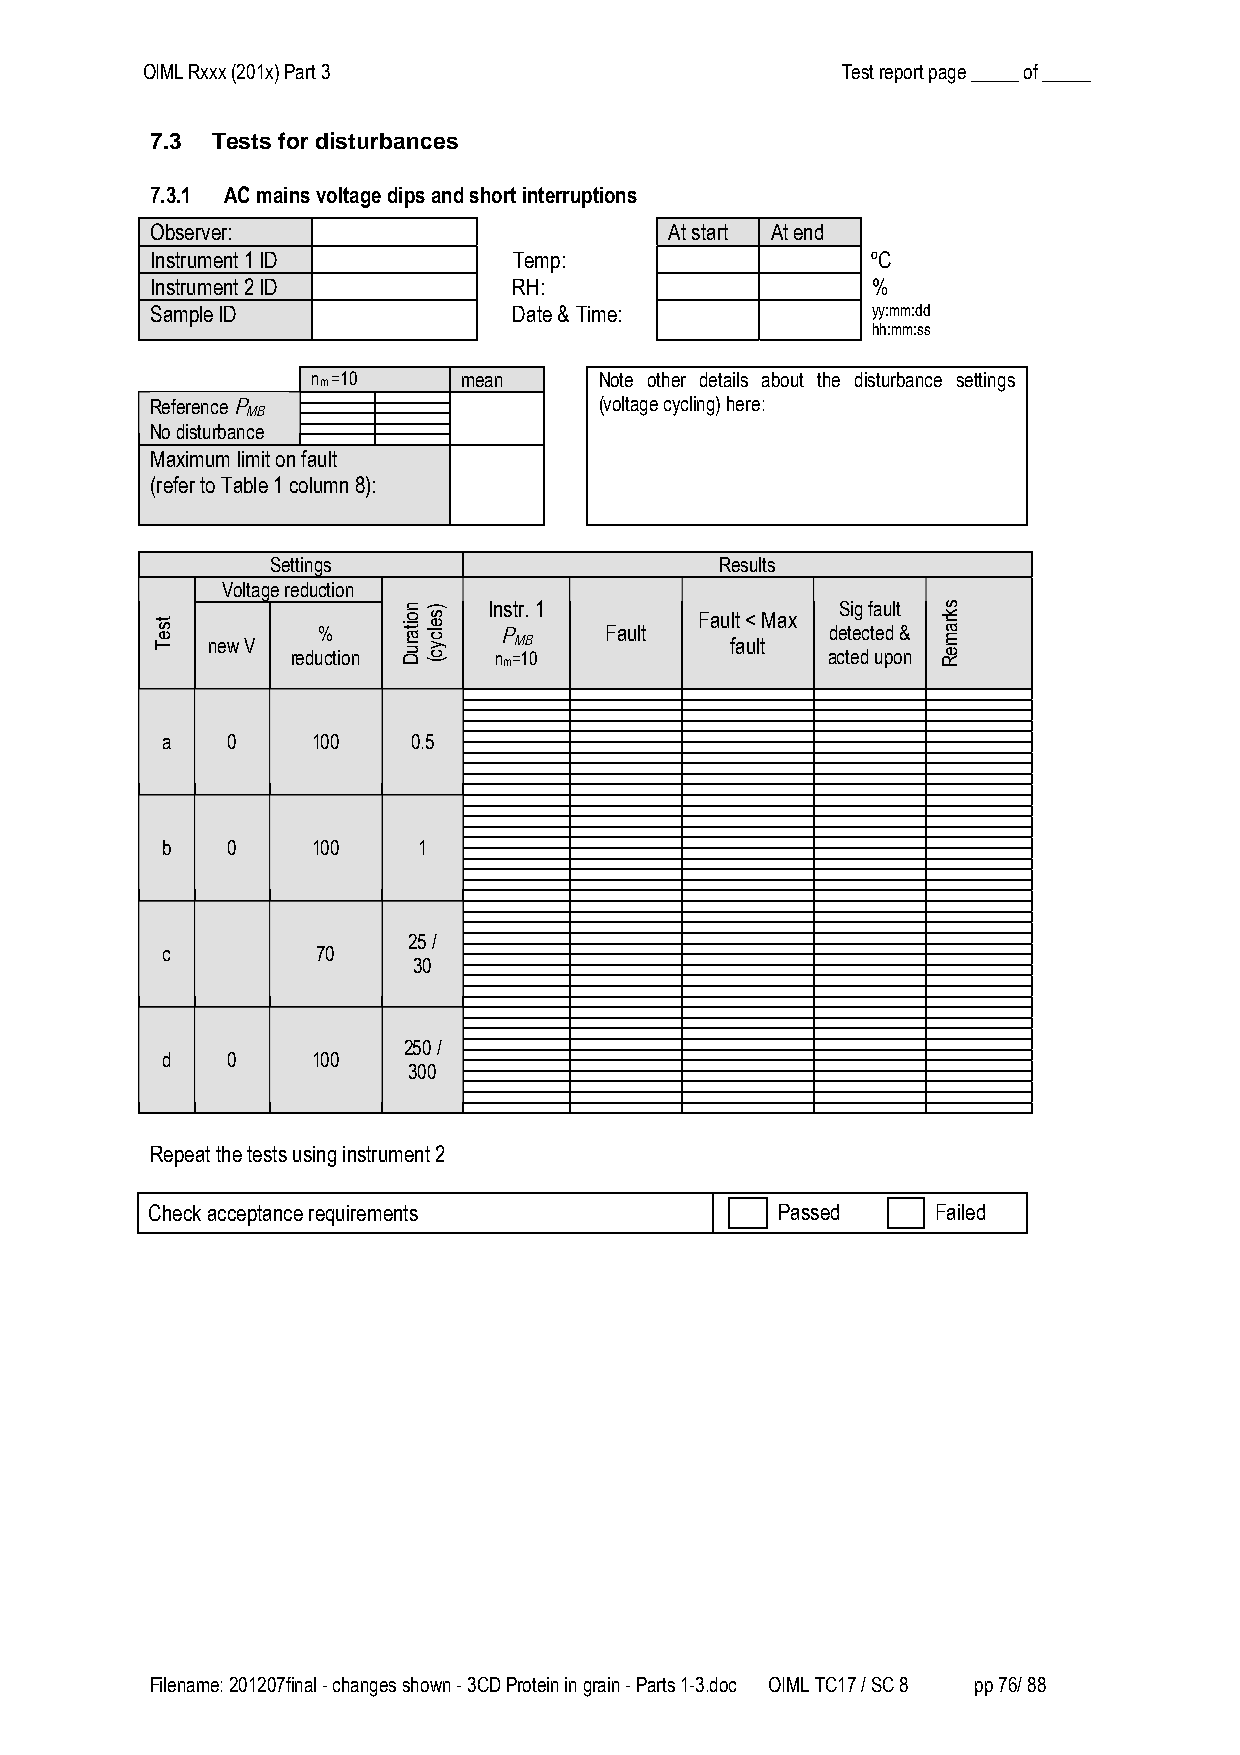
OIML Rxxx (201x) Part 3                        Test report page _____ of _____
 7.3 Tests for disturbances
 7.3.1 AC mains voltage dips and short interruptions
 Observer:                         At start At end
 Instrument 1 ID         Temp:                   ºC
 Instrument 2 ID         RH:                     %
 Sample ID               Date & Time:            yy:mm:dd
 hh:mm:ss
 nm =10    mean     Note other details about the disturbance settings
 Reference P
 MB
 (voltage cycling) here:
 No disturbance
 Maximum limit on fault
 (refer to Table 1 column 8):
 Settings                      Results
 Voltage reduction
 Instr. 1                Sig fault Fault < Max
 new V
 %           P
 MB
 Fault
 fault
 detected &
 reduction     nm=10                 acted upon
 a   0     100   0.5
 b   0     100    1
 25 /
 c         70
 30
 250 /
 d   0     100
 300
 Repeat the tests using instrument 2
 Check acceptance requirements            Passed     Failed
 Filename: 201207final - changes shown - 3CD Protein in grain - Parts 1-3.doc OIML TC17 / SC 8 pp 76/ 88
 tseT
 noitaruD )selcyc(                  skrameR